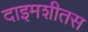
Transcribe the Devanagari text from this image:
दाइमशीतस